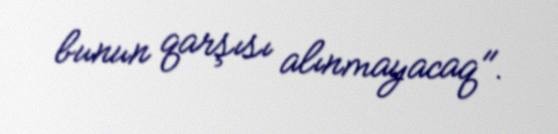
bunun qarşısı alınmayacaq".